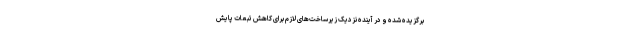
برگزیده شده و در آینده نزدیک زیرساخت‌های لازم برای کاهش تبعات پایش